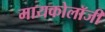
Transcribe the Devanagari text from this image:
मायकोलॉजी